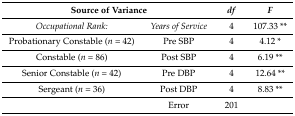
<table><thead><tr><td colspan="2"><b>Source of Variance</b></td><td><b><i>df</i></b></td><td><b><i>F</i></b></td></tr></thead><tbody><tr><td><i>Occupational Rank:</i></td><td><i>Years of Service</i></td><td>4</td><td>107.33 **</td></tr><tr><td>Probationary Constable (<i>n</i> = 42)</td><td>Pre SBP</td><td>4</td><td>4.12 *</td></tr><tr><td>Constable (<i>n</i> = 86)</td><td>Post SBP</td><td>4</td><td>6.19 **</td></tr><tr><td>Senior Constable (<i>n</i> = 42)</td><td>Pre DBP</td><td>4</td><td>12.64 **</td></tr><tr><td>Sergeant (<i>n</i> = 36)</td><td>Post DBP</td><td>4</td><td>8.83 **</td></tr><tr><td></td><td>Error</td><td>201</td><td></td></tr></tbody></table>